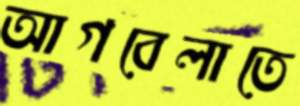
আগবেলাতে